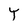
Character: Y